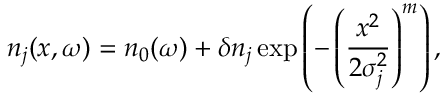
n _ { j } ( x , \omega ) = n _ { 0 } ( \omega ) + \delta n _ { j } \exp \left( - \left( \frac { x ^ { 2 } } { 2 \sigma _ { j } ^ { 2 } } \right) ^ { m } \right) ,